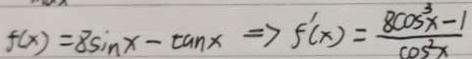
f ( x ) = 8 \sin x - \tan x \Rightarrow 5 ^ { \prime } ( x ) = \frac { 8 \cos ^ { 3 } - 1 } { \cos ^ { 2 } x }